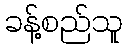
ခန့်စည်သူ